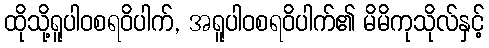
ထိုသို့ရူပါဝစရဝိပါက်, အရူပါဝစရဝိပါက်၏ မိမိကုသိုလ်နှင့်